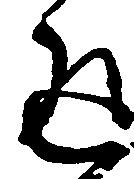
返